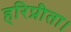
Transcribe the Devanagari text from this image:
हरिप्रीता।